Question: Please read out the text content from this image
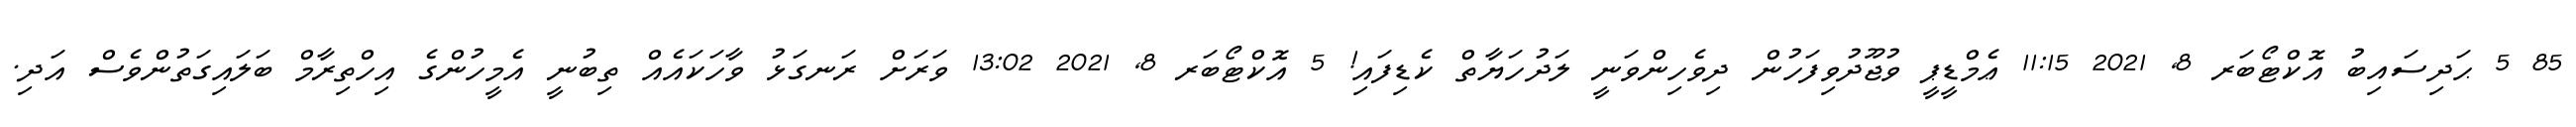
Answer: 85 5 ޙަދިސައިބު އޮކްޓޯބަރ 8, 2021 11:15 ޢެމްޑީޕީ ވުޖޫދުވިފަހުން ދިވެހިންވަނީ ލަދުހަޔާތް ކެޑިފައި! 5 އޮކްޓޯބަރ 8, 2021 13:02 ވަރަށް ރަނގަޅު ވާހަކައެއް ތިބުނީ އެމީހުންގެ އިހްތިރާމް ބަލައިގަތުންވެސް އަދި.